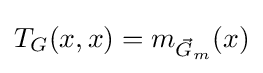
T_{G}(x,x)=m_{{\vec {G}}_{m}}(x)